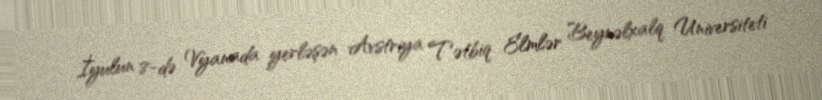
İyulun 8-də Vyanada yerləşən Avstriya Tətbiq Elmlər Beynəlxalq Universiteti